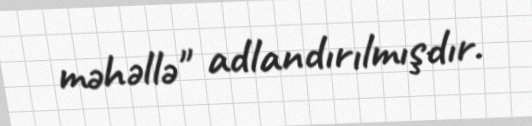
məhəllə" adlandırılmışdır.